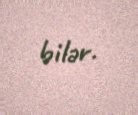
bilər.